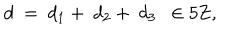
d \ = \ d _ { 1 } + \ d _ { 2 } + \ d _ { 3 } \ \ \in 5 { \bf Z } ,